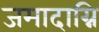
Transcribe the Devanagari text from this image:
जमादाग्नि